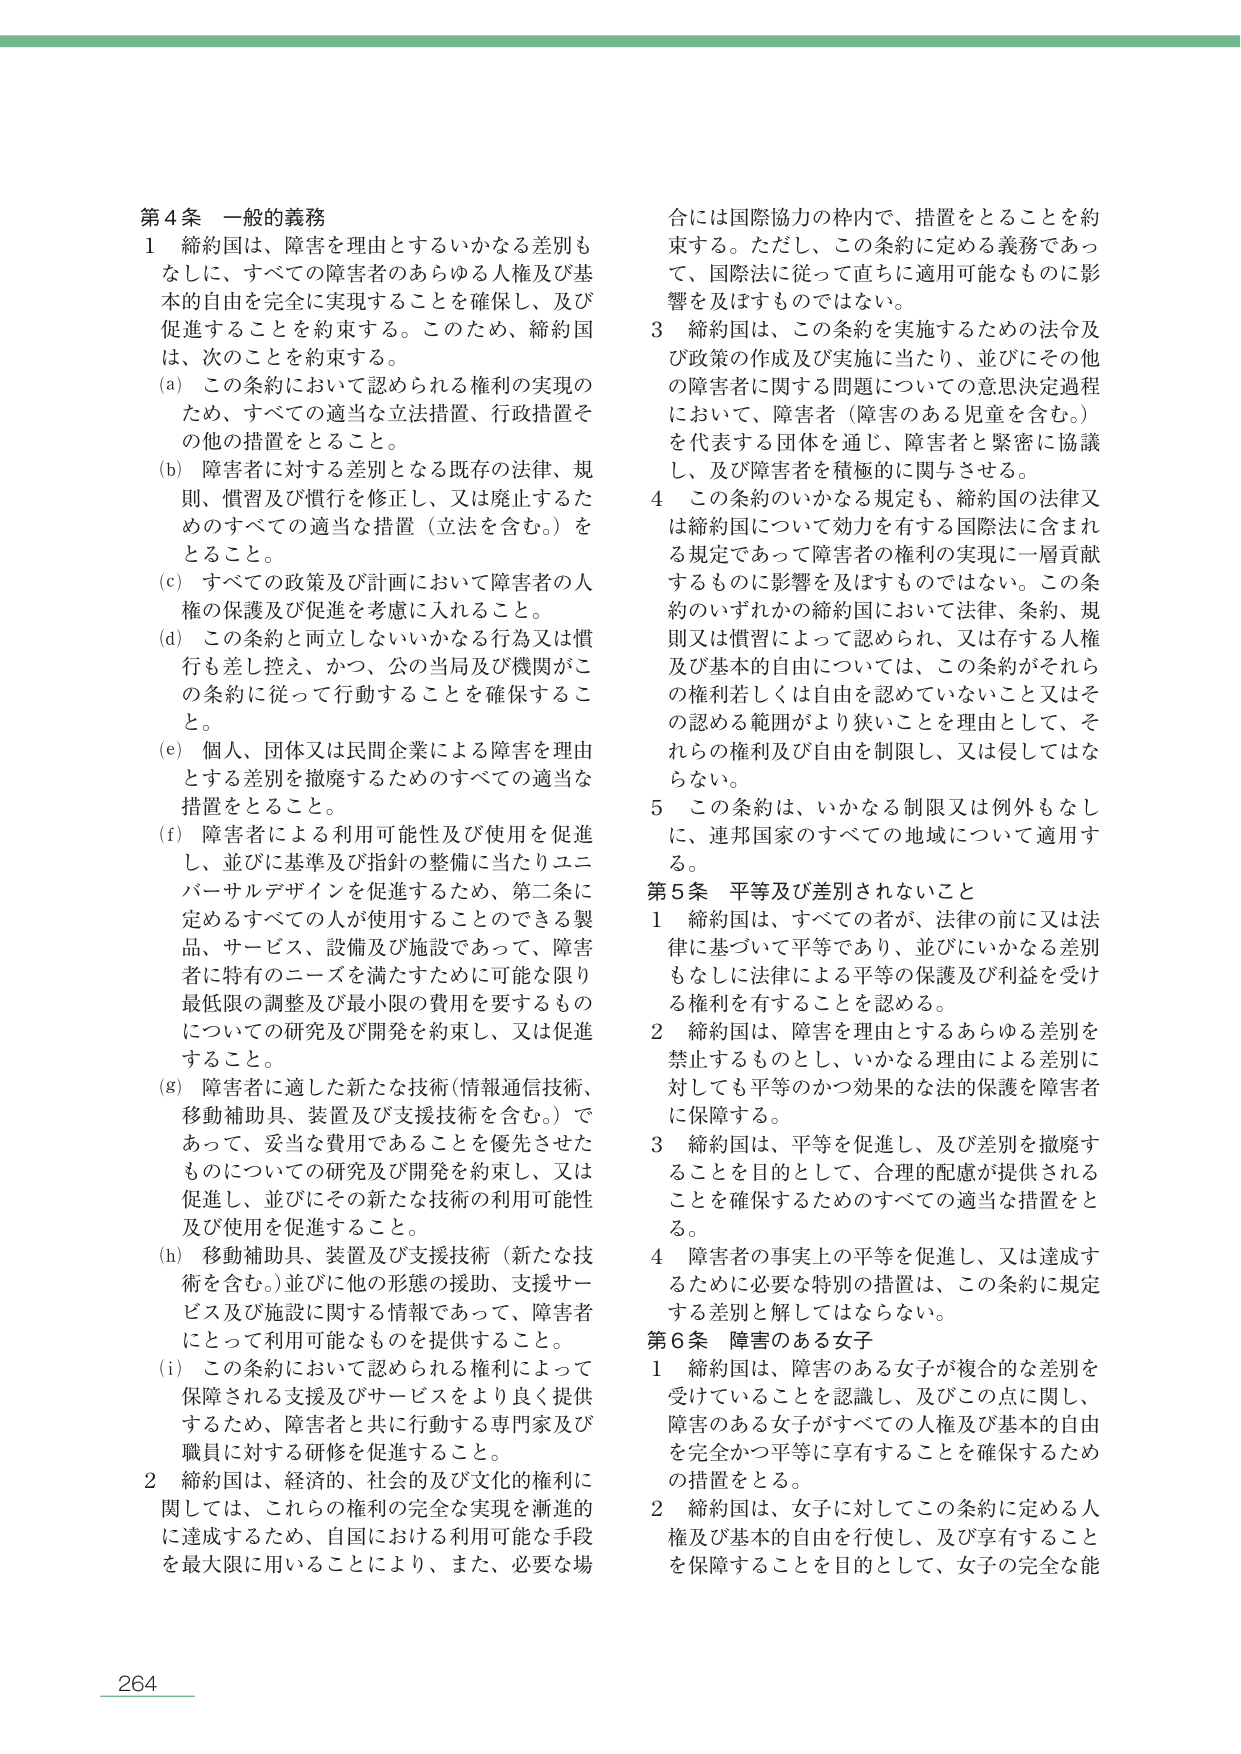
第4条 一般的義務
1 締約国は、障害を理由とするいかなる差別もなしに、すべての障害者のあらゆる人権及び基本的自由を完全に実現することを確保し、及び促進することを約束する。このため、締約国は、次のこととを約束する。
(a) この条約において認められる権利の実現のため、すべての適当な立法措置、行政措置その他の措置をとること。
(b) 障害者に対する差別となる既存の法律、規則、慣習及び慣行を修正し、又は廃止するためのすべての適当な措置（立法を含む。）をとること。
(c) すべての政策及び計画において障害者の人権の保護及び促進を考慮に入れるこ と。
(d) この条約と両立しないいかなる行為又は慣行も差し控え、かつ、公の当局及び機関がこの条約に従って行動することを確保すること。
(e) 個人、団体又は民間企業による障害を理由とする差別を撤廃するためのすべての適当な措置をとること。
(f) 障害者による利用可能性及び使用を促進し、並びに基準及び指針の整備に当たりユニバーサルデザインを促進するため、第二条に定めるすべての人が使用することのできる製品、サービス、設備及び施設であって、障害者に特有のニーズを満たすために可能な限り最低限の調整及び最小限の費用を要するものについての研究及び開発を約束し、又は促進すること。
(g) 障害者に適した新たな技術（情報通信技術、移動補助具、装置及び支援技術を含む。）であって、妥当な費用であることを優先させたものについての研究及び開発を約束し、又は促進し、並びにその新たな技術の利用可能性及び使用を促進すること。
(h) 移動補助具、装置及び支援技術（新たな技術を含む。）並びに他の形態の援助、支援サービス及び施設に関する情報であって、障害者にとって利用可能なものを提供すること。
(i) この条約において認められる権利によって保障される支援及びサービスをより良く提供するため、障害者と共に行動する専門家及び職員に対する研修を促進すること。
2 締約国は、経済的、社会的及び文化的権利に関しては、これらの権利の完全な実現を漸進的に達成するため、自国における利用可能な手段を最大限度に用いることにより、また、必要な場合には国際協力の枠内で、措置をとることを約束する。ただし、この条約に定める義務であって、国際法に従って直ちに適用可能なものに影響を及ぼすものではない。
3 締約国は、この条約を実施するための法令及び政策の作成及び実施に当たり、並びにその他の障害者に関する問題についての意思決定過程において、障害者（障害のある児童を含む。）を代表する団体を通じ、障害者と緊密に協議し、及び障害者を積極的に関与させる。
4 この条約のいかなる規定も、締約国の法律又は締約国について効力を有する国際法に含まれる規定であって障害者の権利の実現に一層貢献するものに影響を及ぼすものではない。この条約のいずれかの締約国において法律、条約、規則又は慣習によって認められ、又は存する人権及び基本的自由については、この条約がそれらの権利若しくは自由を認めていないこと又はその認める範囲がより狭いことを理由として、それらの権利及び自由を制限し、又は侵してはならない。
5 この条約は、いかなる制限又は例外もなしに、連邦国家のすべての地域について適用する。

第5条 平等及び差別されないこと
1 締約国は、すべての者が、法律の前には法律に基づいて平等であり、並びにいかなる差別もなしに法律による平等の保護及び利益を受けうる権利を有することを認める。
2 締約国は、障害を理由とするあらゆる差別を禁止するものとし、いかなる理由による差別に対しても平等のかつ効果的な法的保護を障害者に保障する。
3 締約国は、平等を促進し、及び差別を撤廃することを目的として、合理的配慮が提供されることを確保するためのすべての適当な措置をとる。
4 障害者の事実上の平等を促進し、又は達成するために必要な特別の措置は、この条約に規定する差別と解してはならない。

第6条 障害のある女子
1 締約国は、障害のある女子が複合的な差別を受けていることを認識し、及びこの点に関し、障害のある女子がすべての人権及び基本的自由を完全かつ平等に享有することを確保するための措置をとる。
2 締約国は、女子に対してこの条約に定める人権及び基本的自由を行使し、及び享有することを保障することを目的として、女子の完全な能

264